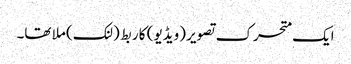
ایک متحرک تصویر (ویڈیو) کا ربط (لنک) ملا تھا۔